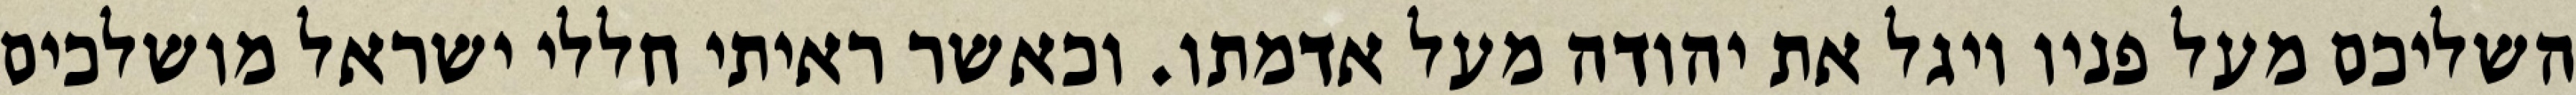
השליכם מעל פניו ויגל את יהודה מעל אדמתו. וכאשר ראיתי חללי ישראל מושלכים